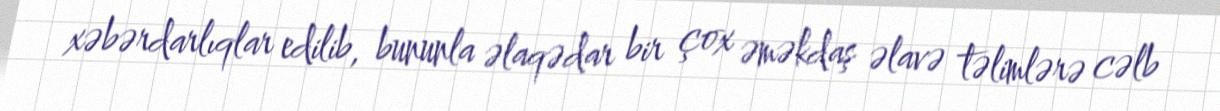
xəbərdarlıqlar edilib, bununla əlaqədar bir çox əməkdaş əlavə təlimlərə cəlb